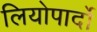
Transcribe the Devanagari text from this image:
लियोपार्दो